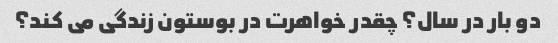
دو بار در سال؟ چقدر خواهرت در بوستون زندگی می کند؟